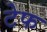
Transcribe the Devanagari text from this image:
टेफ